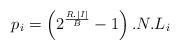
LaTeX: \begin{align*}p_{i}=\left(2^{\frac{R.|I|}{B}}-1\right).N.L_i\end{align*}